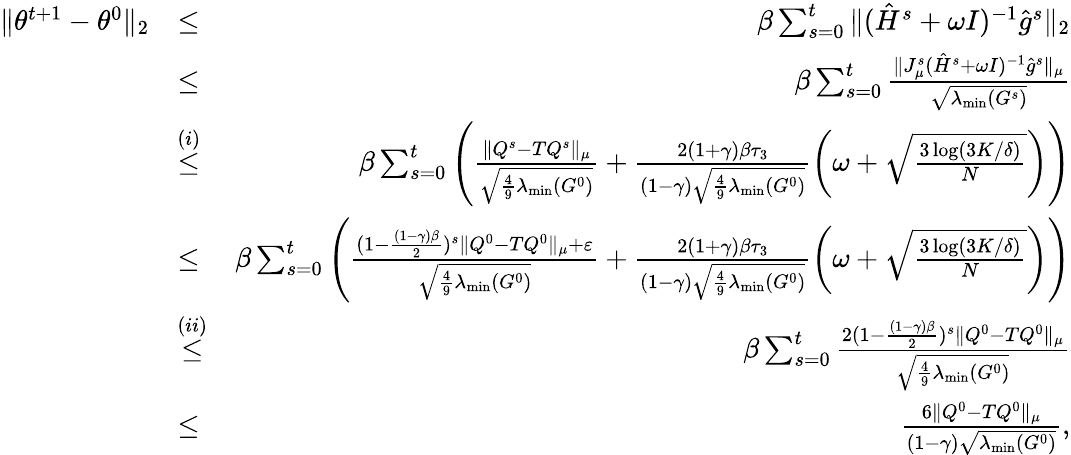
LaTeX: \begin{array}{rlr}{\| \theta^{t+1}-\theta^{0}\| _{2}}&{\leq}&{\beta\sum_{s=0}^{t}\| (\hat{H}^{s}+\omega I)^{-1}\hat{g}^{s}\| _{2}}\\ &{\leq}&{\beta\sum_{s=0}^{t}\frac{\| J_{\mu}^{s}(\hat{H}^{s}+\omega I)^{-1}\hat{g}^{s}\| _{\mu}}{\sqrt{\lambda_{\operatorname*{min}}(G^{s})}}}\\ &{\overset{(i)}{\leq}}&{\beta\sum_{s=0}^{t}\left(\frac{\| Q^{s}-TQ^{s}\| _{\mu}}{\sqrt{\frac{4}{9}\lambda_{\operatorname*{min}}(G^{0})}}+\frac{2(1+\gamma)\beta\tau_{3}}{(1-\gamma)\sqrt{\frac{4}{9}\lambda_{\operatorname*{min}}(G^{0})}}\left(\omega+\sqrt{\frac{3\log(3K/\delta)}{N}}\right)\right)}\\ &{\leq}&{\beta\sum_{s=0}^{t}\left(\frac{(1-\frac{(1-\gamma)\beta}{2})^{s}\| Q^{0}-TQ^{0}\| _{\mu}+\varepsilon}{\sqrt{\frac{4}{9}\lambda_{\operatorname*{min}}(G^{0})}}+\frac{2(1+\gamma)\beta\tau_{3}}{(1-\gamma)\sqrt{\frac{4}{9}\lambda_{\operatorname*{min}}(G^{0})}}\left(\omega+\sqrt{\frac{3\log(3K/\delta)}{N}}\right)\right)}\\ &{\overset{(ii)}{\leq}}&{\beta\sum_{s=0}^{t}\frac{2(1-\frac{(1-\gamma)\beta}{2})^{s}\| Q^{0}-TQ^{0}\| _{\mu}}{\sqrt{\frac{4}{9}\lambda_{\operatorname*{min}}(G^{0})}}}\\ &{\leq}&{\frac{6\| Q^{0}-TQ^{0}\| _{\mu}}{(1-\gamma)\sqrt{\lambda_{\operatorname*{min}}(G^{0})}},}\end{array}